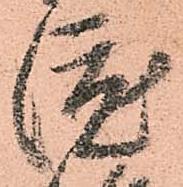
渡